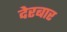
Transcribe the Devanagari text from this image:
देरबार